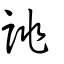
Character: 誂